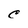
Character: C